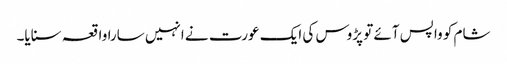
شام کو واپس آئے تو پڑوس کی ایک عورت نے انہیں سارا واقعہ سنایا۔